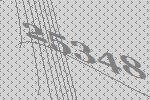
25348